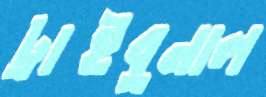
ট্রাইবুনাল